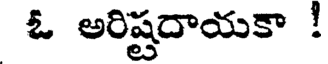
ఓ అరిష్టదాయకా !